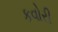
કવોરી